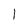
Character: 1